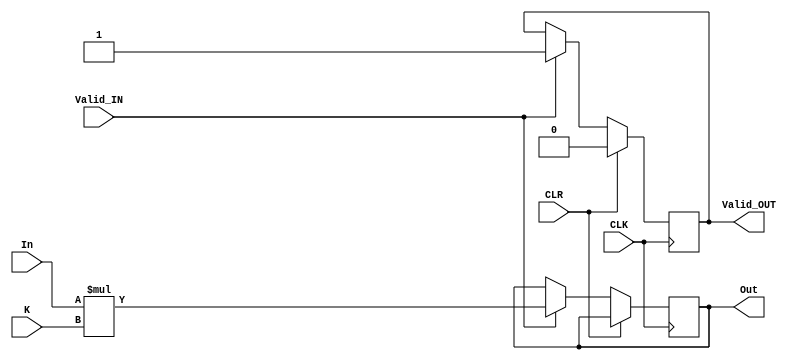
module CONV_kernel_size_1_2D #(
parameter IMG_Width=3, 
parameter IMG_Height=3, 
parameter Datawidth=16, 
parameter ReLU=0)
(
	In, // gia tri dau vao
	CLK,CLR,Valid_IN,
	K,
	Valid_OUT,
	Out
);

// port map
input wire [Datawidth-1:0] In;
input wire CLK,CLR;
input wire Valid_IN;
input wire [Datawidth-1:0] K;


output reg Valid_OUT;
output reg  [Datawidth-1:0] Out;

	// local
	reg 	[Datawidth-1:0] hang,cot;
	wire 	[Datawidth-1:0] R0;
	wire [Datawidth-1:0] result;


always @(posedge CLK) begin
	if(CLR) begin // reset
		Valid_OUT<=1'd0;
	end
	
	else begin
		if(Valid_IN==1'd1) begin
			Out<=_result;
			Valid_OUT<=1'd1;
		end
	end	
end
// conv
assign result = In * K;	
// ReLU
wire [Datawidth-1:0] _result;
assign _result = (ReLU==1) ? ((result[Datawidth-1] == 1'd0) ? result : 'd0) : result;

endmodule